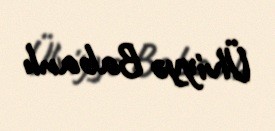
Ülviyyə Babanlı